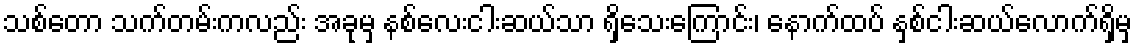
သစ်တော သက်တမ်းကလည်း အခုမှ နစ်လေးငါးဆယ်သာ ရှိသေးကြောင်း၊ နောက်ထပ် နှစ်ငါးဆယ်လောက်ရှိမှ